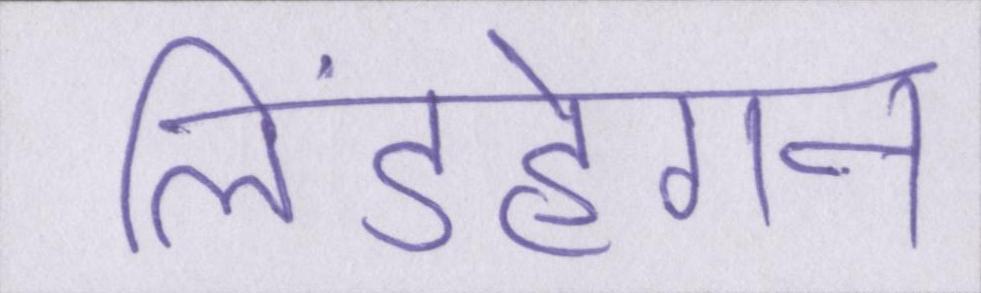
लिंडहेगन